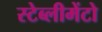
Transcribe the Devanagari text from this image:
स्टेब्लीमेंटो